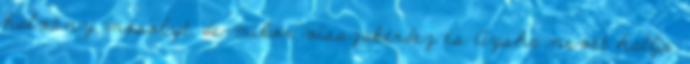
halvány mosolyt, de mikor visszakérdez és Aysha nevét hallja.